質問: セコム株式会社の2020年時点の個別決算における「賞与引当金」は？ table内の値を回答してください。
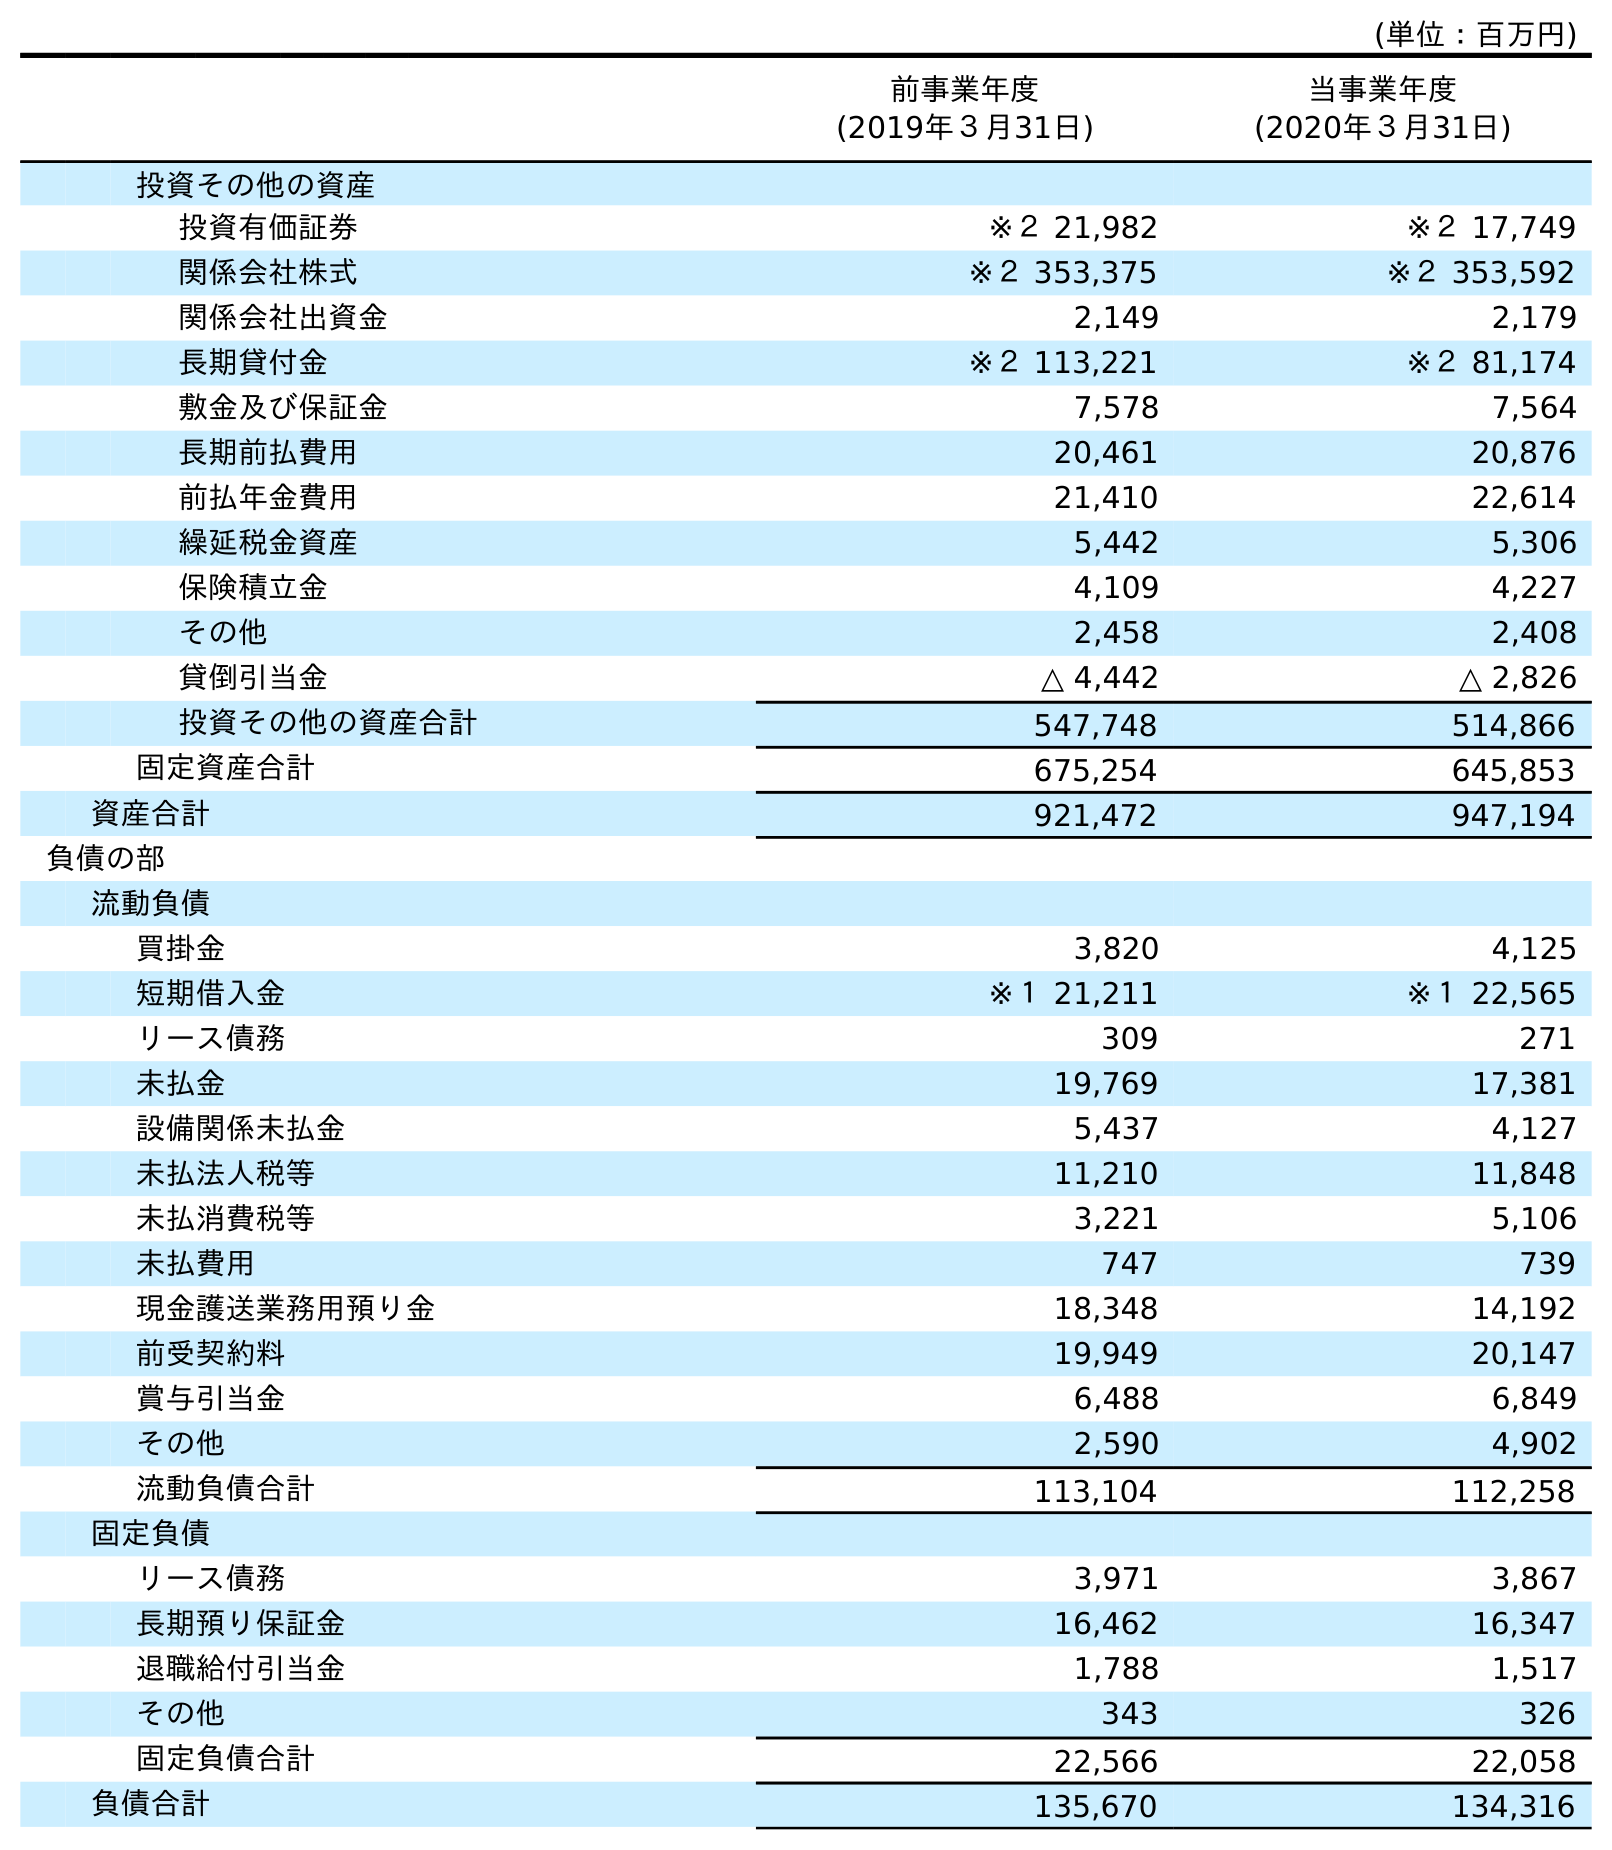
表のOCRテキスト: (単位：百万円) 前事業年度 (2019年３月31日) 当事業年度 (2020年３月31日) 投資その他の資産 投資有価証券 ※２ 21,982 ※２ 17,749 関係会社株式 ※２ 353,375 ※２ 353,592 関係会社出資金 2,149 2,179 長期貸付金 ※２ 113,221 ※２ 81,174 敷金及び保証金 7,578 7,564 長期前払費用 20,461 20,876 前払年金費用 21,410 22,614 繰延税金資産 5,442 5,306 保険積立金 4,109 4,227 その他 2,458 2,408 貸倒引当金 △ 4,442 △ 2,826 投資その他の資産合計 547,748 514,866 固定資産合計 675,254 645,853 資産合計 921,472 947,194 負債の部 流動負債 買掛金 3,820 4,125 短期借入金 ※１ 21,211 ※１ 22,565 リース債務 309 271 未払金 19,769 17,381 設備関係未払金 5,437 4,127 未払法人税等 11,210 11,848 未払消費税等 3,221 5,106 未払費用 747 739 現金護送業務用預り金 18,348 14,192 前受契約料 19,949 20,147 賞与引当金 6,488 6,849 その他 2,590 4,902 流動負債合計 113,104 112,258 固定負債 リース債務 3,971 3,867 長期預り保証金 16,462 16,347 退職給付引当金 1,788 1,517 その他 343 326 固定負債合計 22,566 22,058 負債合計 135,670 134,316
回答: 6,849